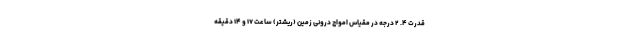
قدرت ۴. ۲ درجه در مقیاس امواج درونی زمین (ریشتر) ساعت ۱۷ و ۱۴ دقیقه